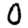
Digit: 0